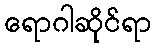
ရောဂါဆိုင်ရာ